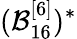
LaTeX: (\mathcal{B}_{16}^{[6]})^{*}